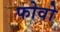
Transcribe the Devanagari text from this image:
फोवो